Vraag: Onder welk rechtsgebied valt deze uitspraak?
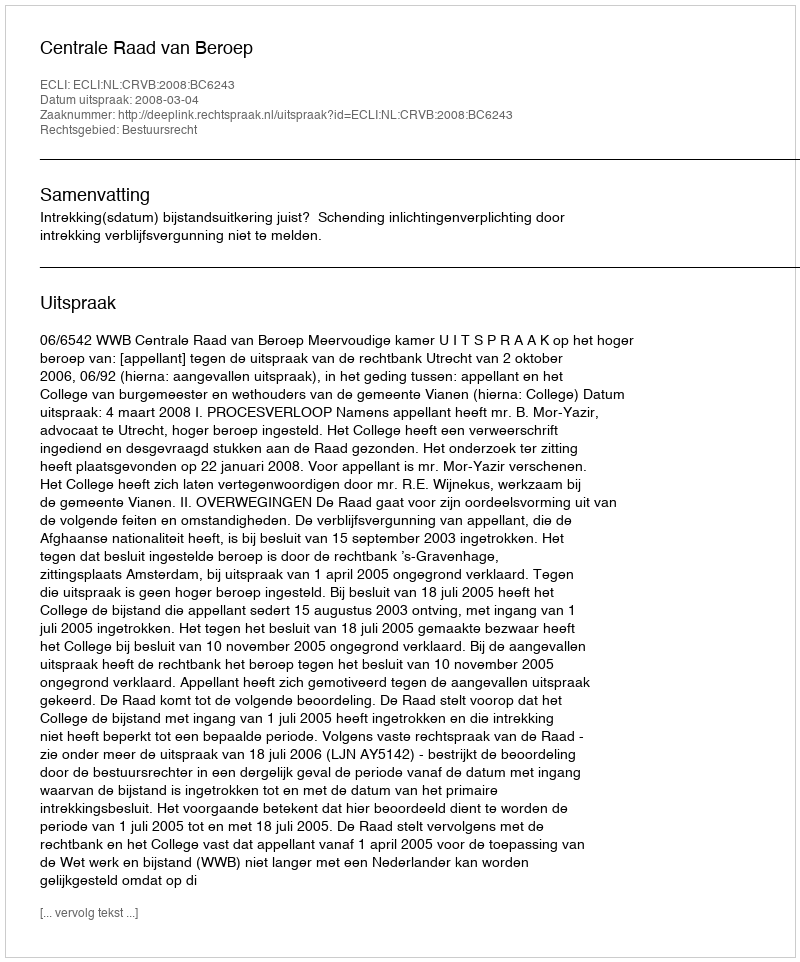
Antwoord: Bestuursrecht